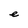
Character: e